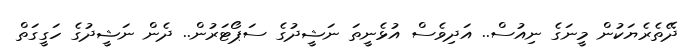
ދޭތެރެޔަކުން މީނަގެ ނިއުސް.. އަދިވެސް އުޅެނީތަ ނަޝީދުގެ ސަޕޯޓަރުން.. ދެން ނަޝީދުގެ ހަގީގަތް